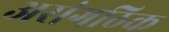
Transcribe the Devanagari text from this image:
असंगठिक